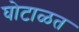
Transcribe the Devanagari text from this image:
घोटाळत